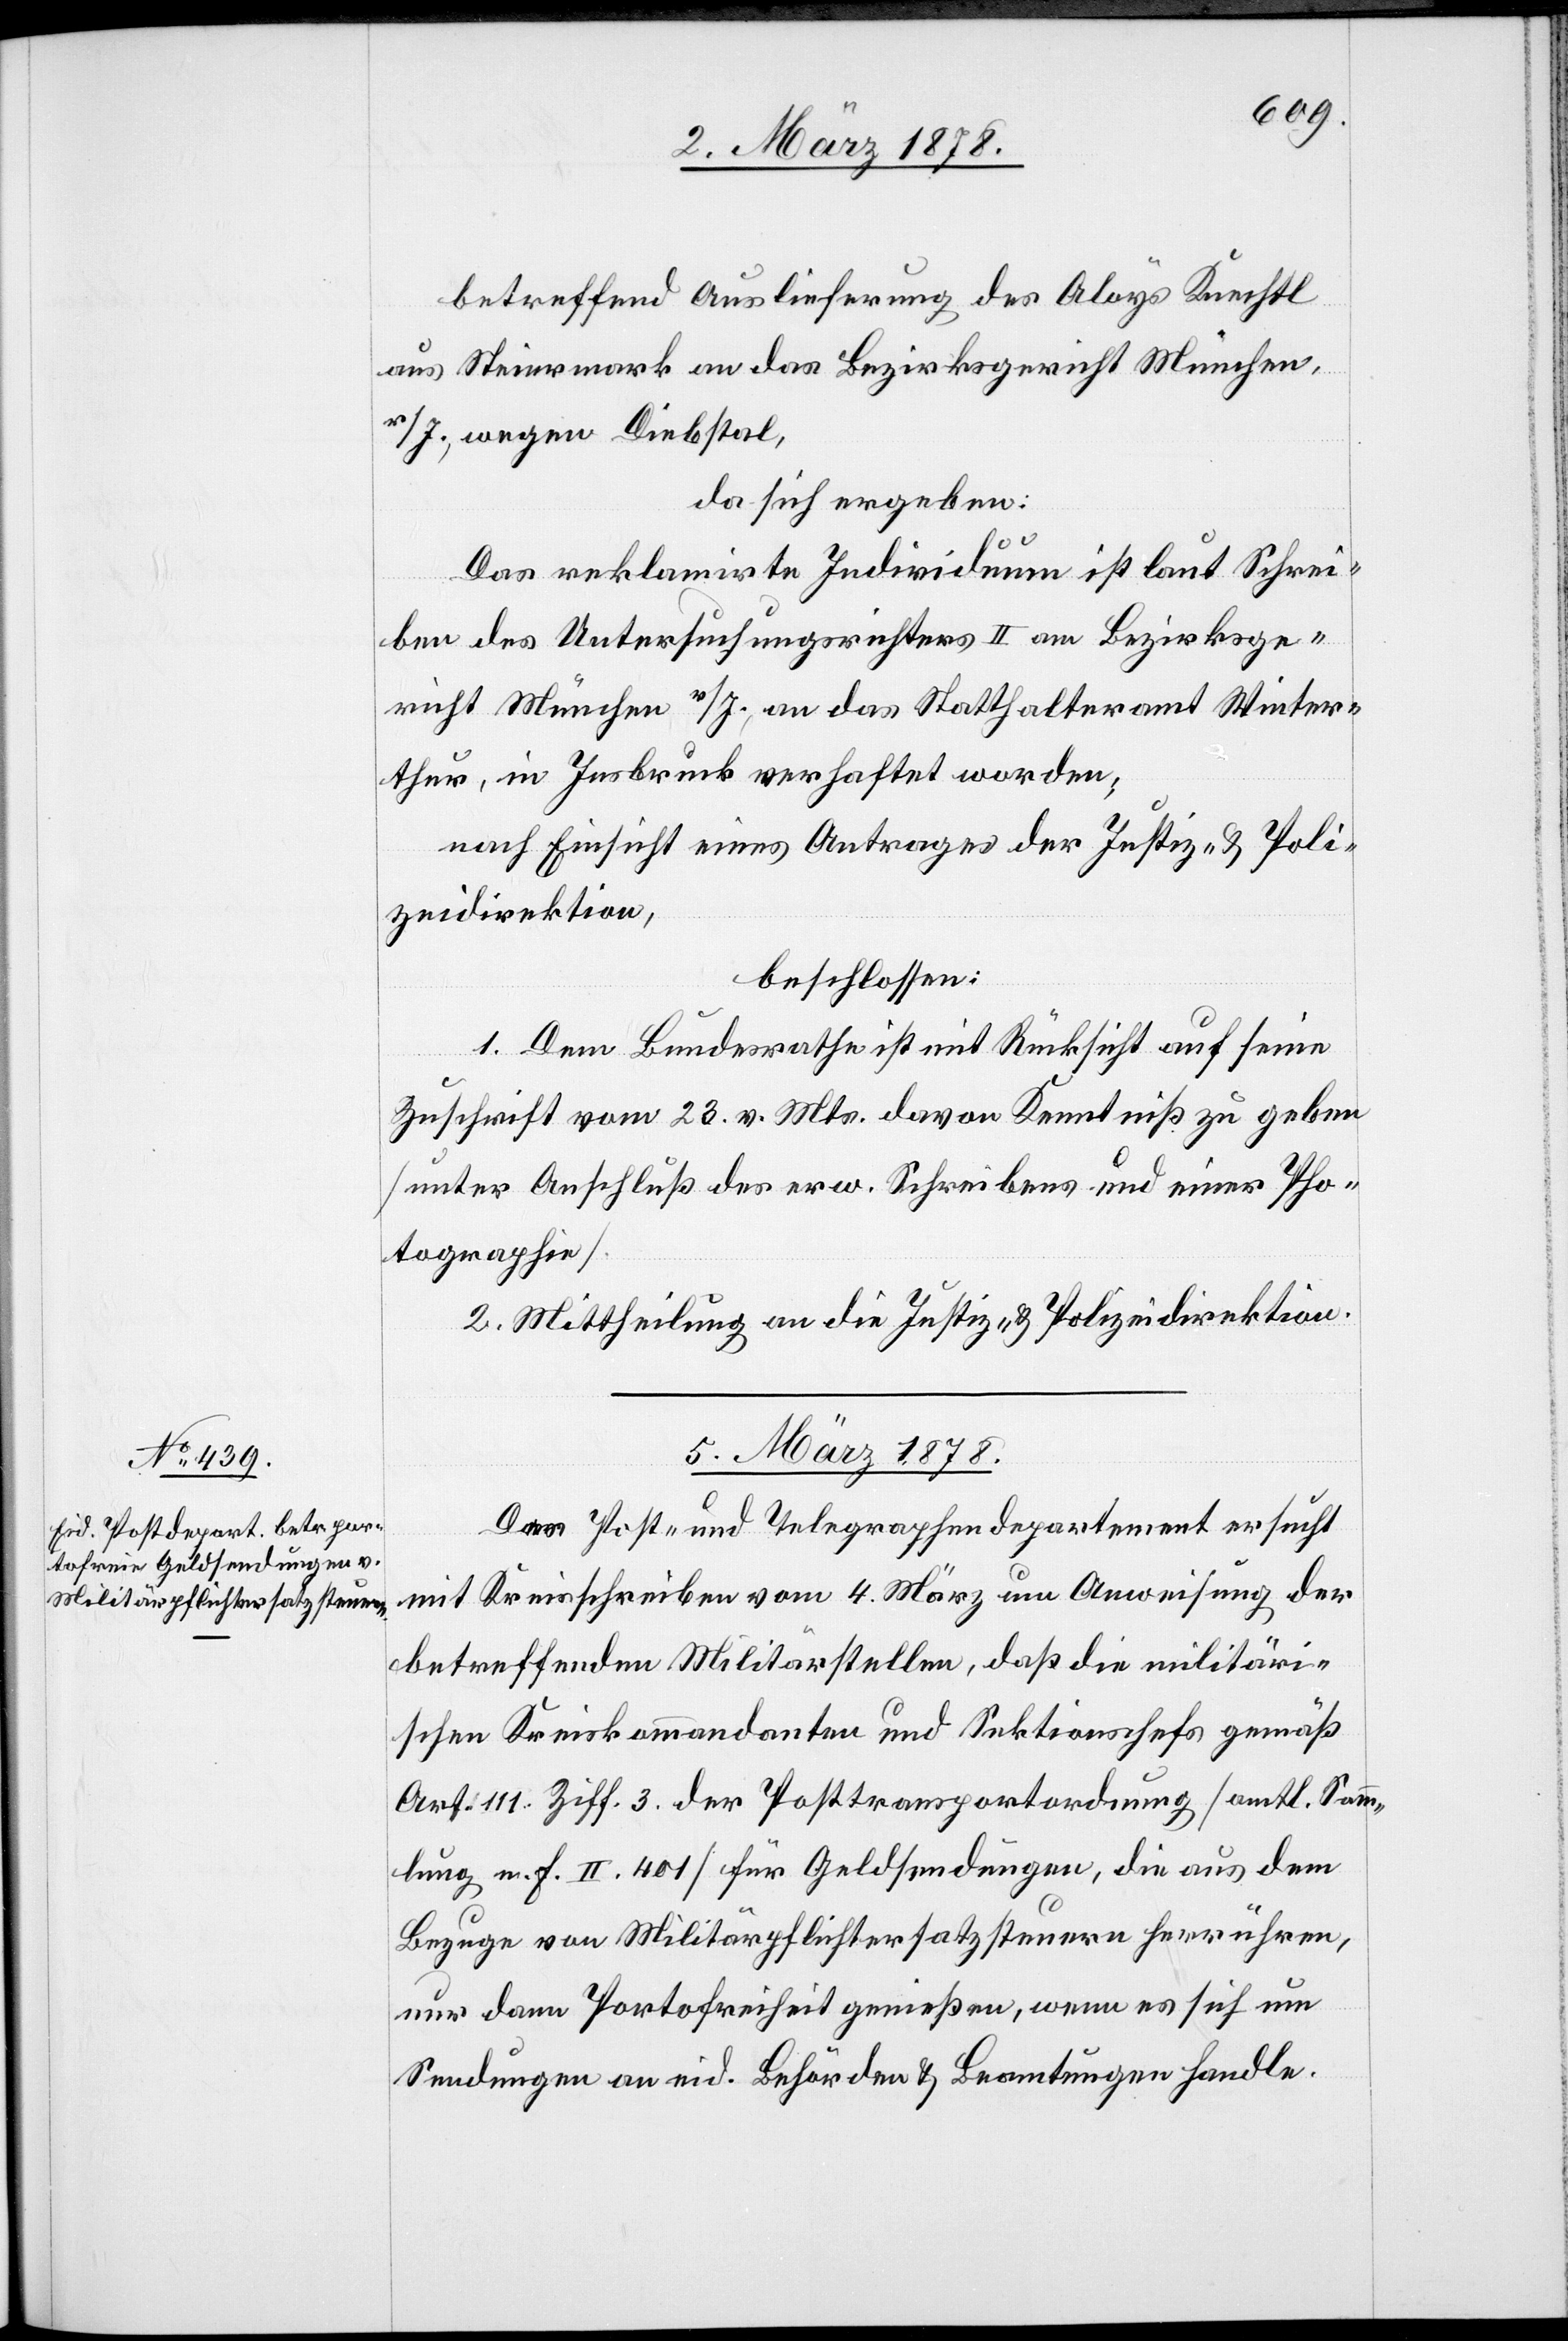
betreffend Auslieferung des Aloys Knechtl
aus Steiermark an das Bezirksgericht München,
v/J., wegen Diebstal,
da sich ergeben:
Das reklamirte Individuum ist laut Schrei¬
ben des Untersuchungsrichters II am Bezirksge¬
richt München v/J., an das Statthalteramt Winter¬
thur, in Insbruck verhaftet worden;
nach Einsicht eines Antrages der Justiz- & Poli¬
zeidirektion,
beschlossen:
1. Dem Bundesrathe ist mit Rücksicht auf seine
Zuschrift vom 23. v. Mts. davon Kenntniß zu geben
(unter Anschluß des erw. Schreibens und einer Pho¬
tographie).
2. Mittheilung an die Justiz- & Polizeidirektion.
5. März 1878.
Das Post- und Telegraphendepartement ersucht
mit Kreisschreiben vom 4. März um Anweisung der
betreffenden Militärstellen, daß die militäri¬
schen Kreiskommandanten und Sektionschefs gemäß
Art. 111 Ziff. 3 der Posttransportordnung (amtl. Samm¬
lung m. F. II. 401) für Geldsendungen, die aus dem
Bezuge von Militärpflichtersatzsteuern herrühren,
nur dann Portofreiheit genießen, wenn es sich um
Sendungen an eid. Behörden & Beamtungen handle.